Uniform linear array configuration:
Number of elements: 4
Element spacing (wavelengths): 0.5
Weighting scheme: hann
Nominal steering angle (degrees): -60
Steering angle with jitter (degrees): -61.217
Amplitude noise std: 0.05
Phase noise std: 0.05

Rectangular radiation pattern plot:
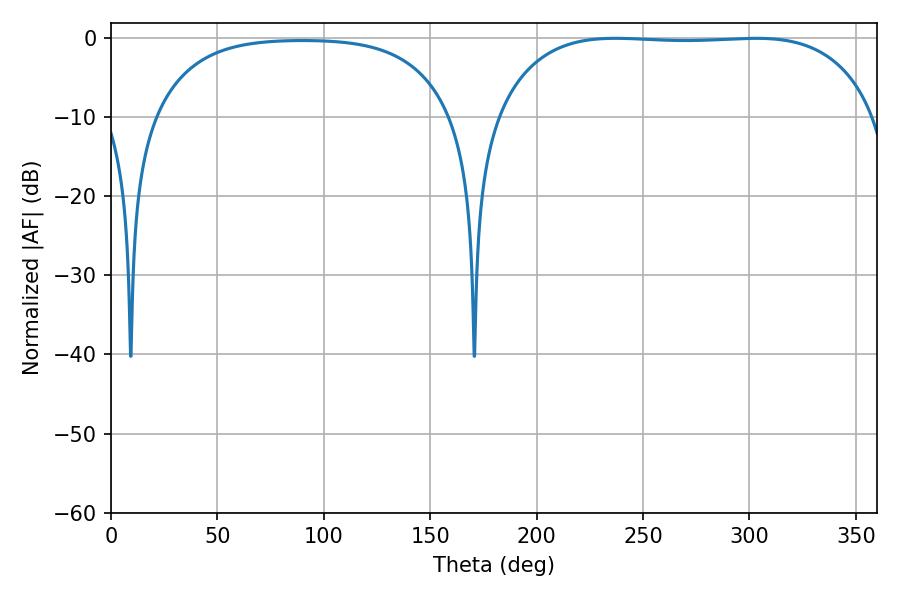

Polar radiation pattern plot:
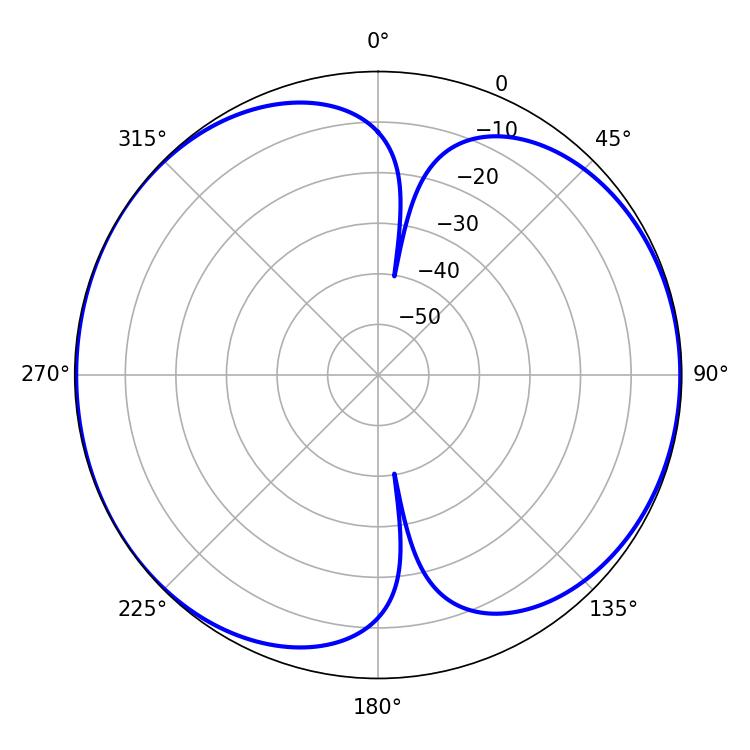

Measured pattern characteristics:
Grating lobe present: FALSE
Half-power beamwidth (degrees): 140.04
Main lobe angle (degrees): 237.06